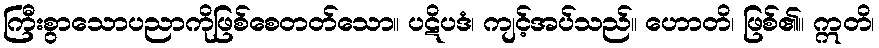
ကြီးစွာသောပညာကိုဖြစ်စေတတ်သော။ ပဋိပဒံ၊ ကျင့်အပ်သည်။ ဟောတိ၊ ဖြစ်၏။ ဣတိ၊